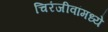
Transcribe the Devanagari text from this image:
चिरंजीवांमध्ये